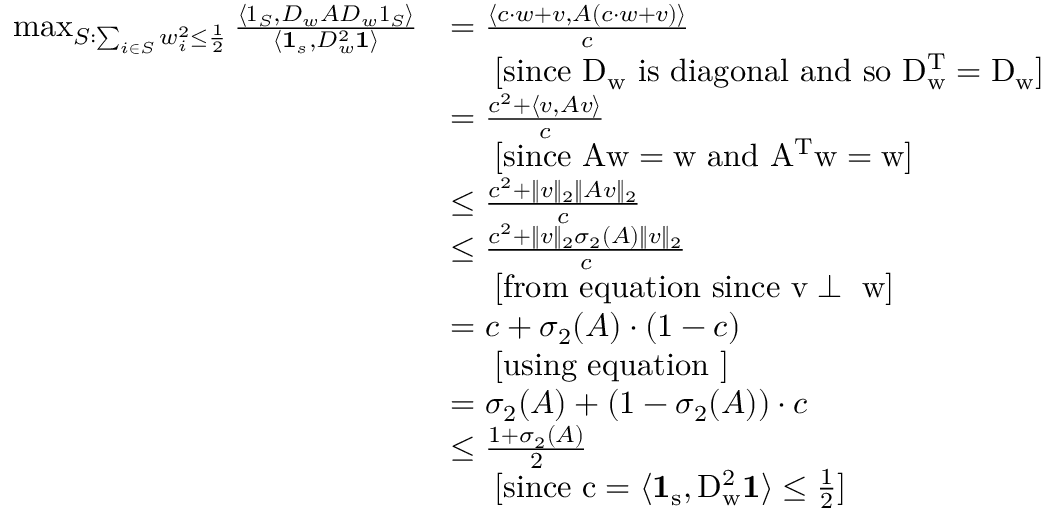
\begin{array} { r l } { \operatorname* { m a x } _ { S : \sum _ { i \in S } w _ { i } ^ { 2 } \leq \frac { 1 } { 2 } } \frac { \langle \boldsymbol { 1 } _ { S } , D _ { w } A D _ { w } \boldsymbol { 1 } _ { S } \rangle } { \langle \mathbf { 1 } _ { s } , D _ { w } ^ { 2 } \mathbf { 1 } \rangle } } & { = \frac { \langle c \cdot w + v , A ( c \cdot w + v ) \rangle } { c } } \\ & { \ \ \ \ \mathrm { [ s i n c e ~ \ensuremath { D _ { w } } ~ i s ~ d i a g o n a l ~ a n d ~ s o ~ \ensuremath { D _ { w } ^ { T } = D _ { w } } ] } } \\ & { = \frac { c ^ { 2 } + \langle v , A v \rangle } { c } } \\ & { \ \ \ \ \mathrm { [ s i n c e ~ \ensuremath { A w = w } ~ a n d ~ \ensuremath { A ^ { T } w = w } ] } } \\ & { \leq \frac { c ^ { 2 } + \| v \| _ { 2 } \| A v \| _ { 2 } } { c } } \\ & { \leq \frac { c ^ { 2 } + \| v \| _ { 2 } \sigma _ { 2 } ( A ) \| v \| _ { 2 } } { c } } \\ & { \ \ \ \ \mathrm { [ f r o m ~ e q u a t i o n ~ s i n c e ~ \ensuremath { v \perp ~ w } ] } } \\ & { = c + \sigma _ { 2 } ( A ) \cdot ( 1 - c ) } \\ & { \ \ \ \ \mathrm { [ u s i n g ~ e q u a t i o n ~ ] } } \\ & { = \sigma _ { 2 } ( A ) + ( 1 - \sigma _ { 2 } ( A ) ) \cdot c } \\ & { \leq \frac { 1 + \sigma _ { 2 } ( A ) } { 2 } } \\ & { \ \ \ \ \mathrm { [ s i n c e ~ \ensuremath { c = \langle \mathbf { 1 } _ { s } , D _ { w } ^ { 2 } \mathbf { 1 } \rangle \leq \frac { 1 } { 2 } } ] } } \end{array}